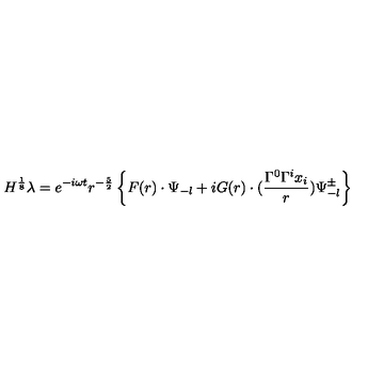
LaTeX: H ^ { \frac { 1 } { 8 } } \lambda = e ^ { - i \omega t } r ^ { - \frac { 5 } { 2 } } \left\{ F ( r ) \cdot \Psi _ { - l } + i G ( r ) \cdot ( \frac { \Gamma ^ { 0 } \Gamma ^ { i } x _ { i } } { r } ) \Psi _ { - l } ^ { \pm } \right\}